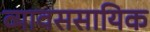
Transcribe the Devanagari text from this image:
व्यावससायिक